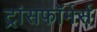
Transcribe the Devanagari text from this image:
ट्रांसफॉर्मर्स